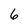
Character: 6